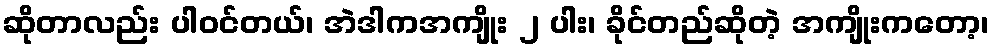
ဆိုတာလည်း ပါဝင်တယ်၊ အဲဒါကအကျိုး ၂ ပါး၊ ခိုင်တည်ဆိုတဲ့ အကျိုးကတော့၊